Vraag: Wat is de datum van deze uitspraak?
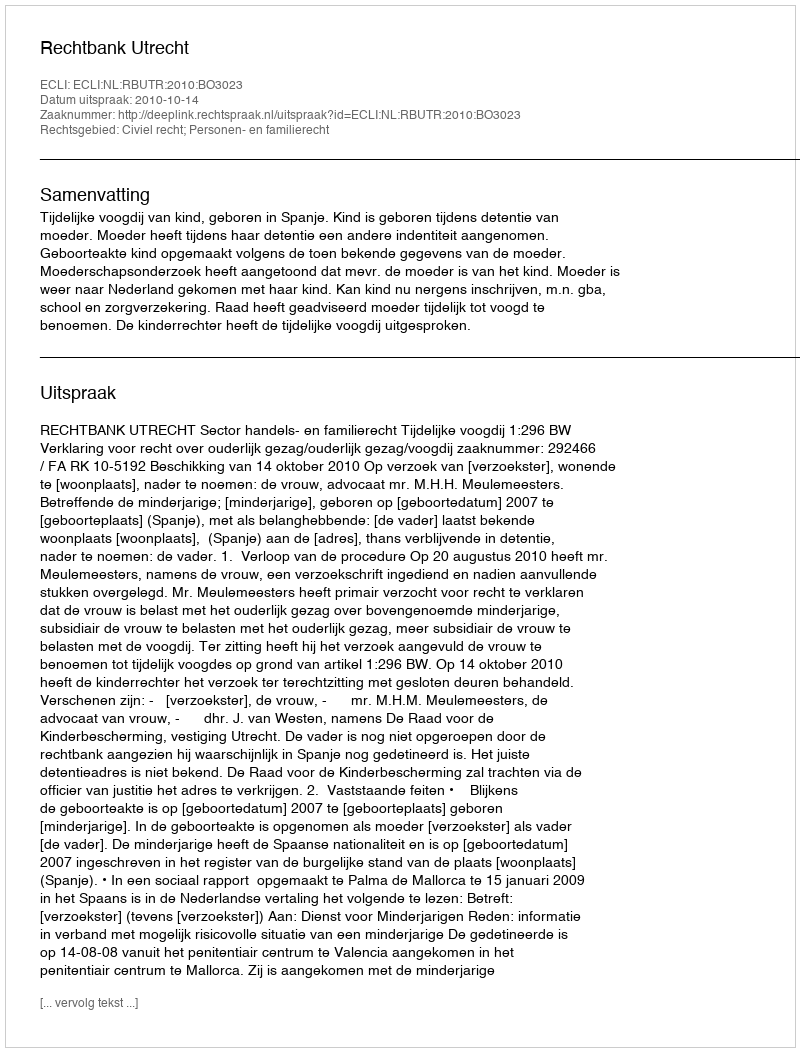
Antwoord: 2010-10-14